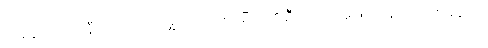
ထို့နောက် ဒင်နီယယ်တို့ အဖွဲ့သည် ပစ်ဂမီတို့၏ ဦးဆောင်မှုဖြင့် ဂွန်ဒါလာ စခန်းသို့